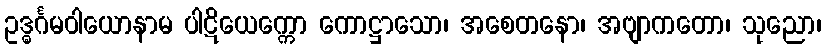
ဥဒ္ဓင်္ဂမဝါယောနာမ ပါဋိယေက္ကော ကောဋ္ဌာသော၊ အစေတနော၊ အဗျာကတော၊ သုညော၊